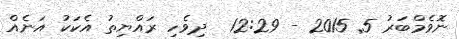
ނޮވެމްބަރު 5